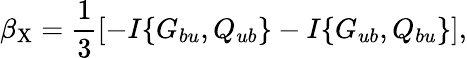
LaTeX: \beta_{\mathrm{{X}}}=\frac{1}{3}\left[{-I\{ {G_{bu},Q_{ub}}\} -I\{ {G_{ub},Q_{bu}}\} }\right],